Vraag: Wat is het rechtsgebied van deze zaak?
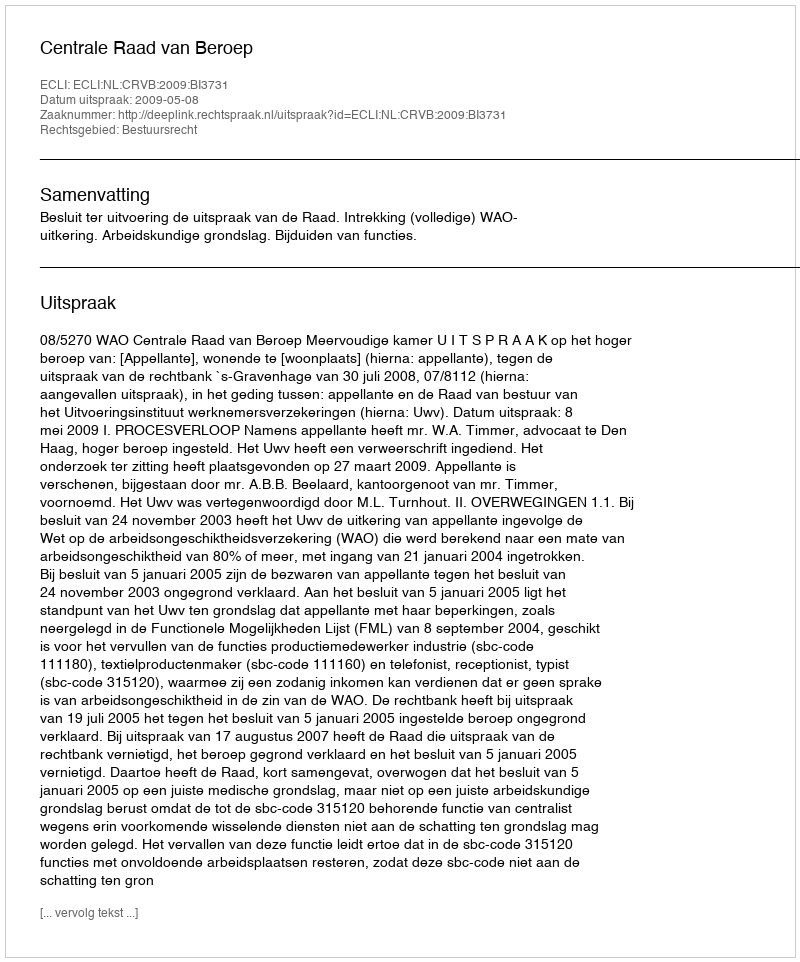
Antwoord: Bestuursrecht